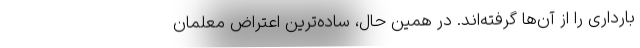
بارداری را از آن‌ها گرفته‌اند. در همین حال، ساده‌ترین اعتراض معلمان